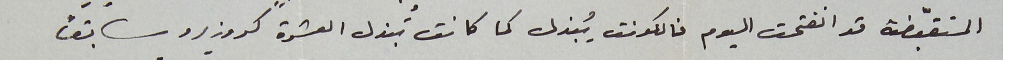
المتقبّضة قد انفتحت اليوم فالكونت يُبذل كما كانت تُبذل العشرة كروزيرو سابقاً